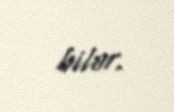
bilər.